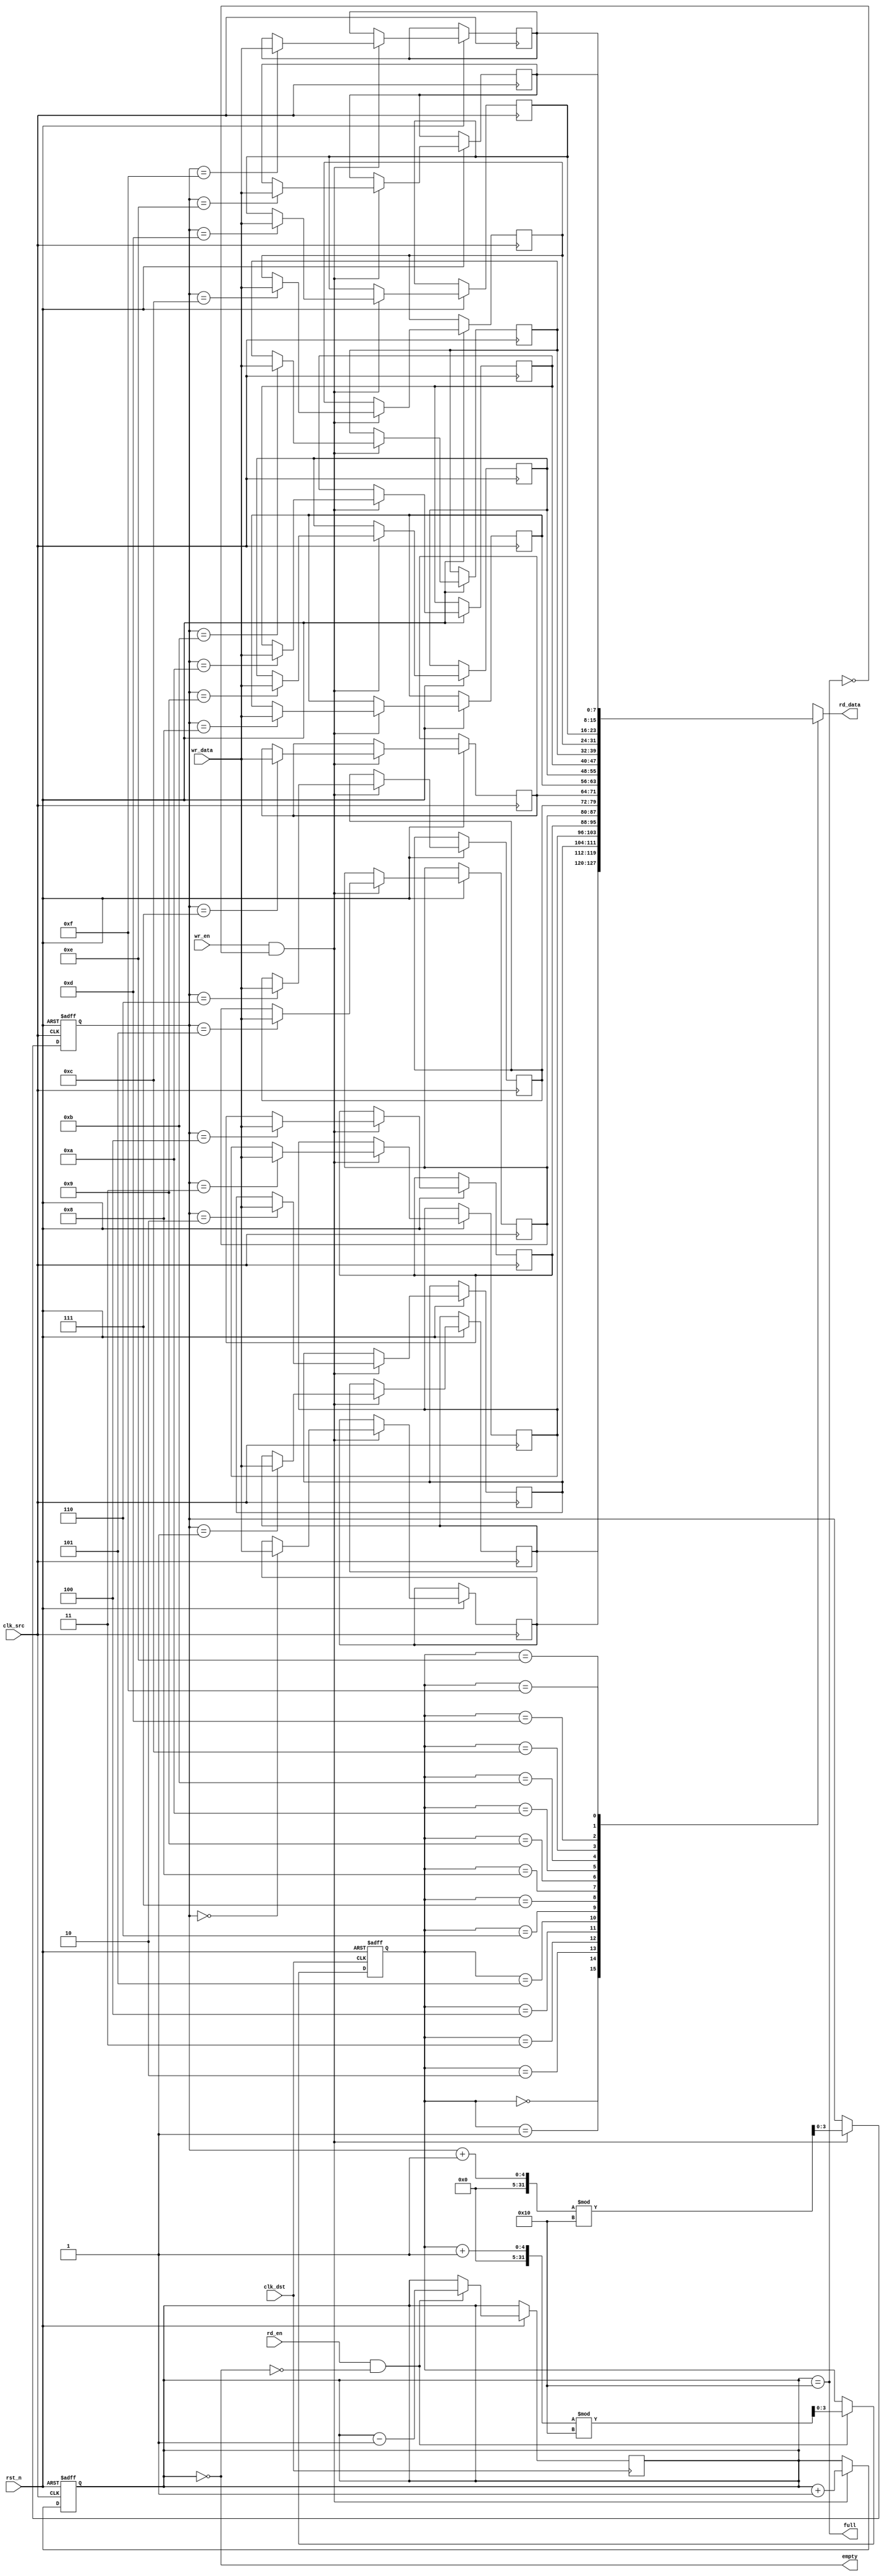
module fifo_sync #(
    parameter DATA_WIDTH = 8,   // Width of the data
    parameter FIFO_DEPTH = 16    // Depth of the FIFO
)(
    input wire clk_src,          // Source clock
    input wire clk_dst,          // Destination clock
    input wire rst_n,            // Active low reset

    // Source interface
    input wire wr_en,            // Write enable
    input wire [DATA_WIDTH-1:0] wr_data, // Data to write
    output wire full,            // FIFO full flag

    // Destination interface
    input wire rd_en,            // Read enable
    output wire [DATA_WIDTH-1:0] rd_data, // Data read
    output wire empty            // FIFO empty flag
);
  
    // FIFO Memory
    reg [DATA_WIDTH-1:0] fifo_mem [0:FIFO_DEPTH-1];
    reg [$clog2(FIFO_DEPTH)-1:0] rd_ptr = 0;
    reg [$clog2(FIFO_DEPTH)-1:0] wr_ptr = 0;
    reg [$clog2(FIFO_DEPTH):0] fifo_count = 0; // Count of items in FIFO

    // Write Control Logic
    assign full = (fifo_count == FIFO_DEPTH);
    always @(posedge clk_src or negedge rst_n) begin
        if (!rst_n) begin
            wr_ptr <= 0;
            fifo_count <= 0;
        end else if (wr_en && !full) begin
            fifo_mem[wr_ptr] <= wr_data;
            wr_ptr <= (wr_ptr + 1) % FIFO_DEPTH;
            fifo_count <= fifo_count + 1;
        end
    end

    // Read Control Logic
    assign empty = (fifo_count == 0);
    assign rd_data = fifo_mem[rd_ptr];
    
    always @(posedge clk_dst or negedge rst_n) begin
        if (!rst_n) begin
            rd_ptr <= 0;
        end else if (rd_en && !empty) begin
            rd_ptr <= (rd_ptr + 1) % FIFO_DEPTH;
            fifo_count <= fifo_count - 1;
        end
    end
    
endmodule